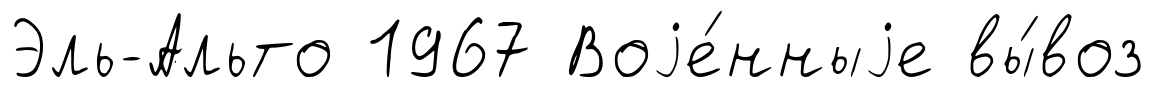
Эль-Альто 1967 Воjе́нныjе вы́воз